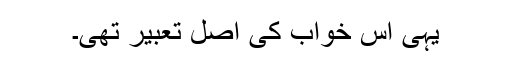
یہی اس خواب کی اصل تعبیر تھی۔